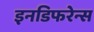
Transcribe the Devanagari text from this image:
इनडिफरेन्स